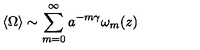
\langle \Omega \rangle \sim \sum _ { m = 0 } ^ { \infty } a ^ { - m \gamma } \omega _ { m } ( z )